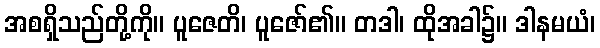
အစရှိသည်တို့ကို။ ပူဇေတိ၊ ပူဇော်၏။ တဒါ၊ ထိုအခါ၌။ ဒါနမယံ၊